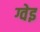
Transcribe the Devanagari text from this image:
ग्वेइ